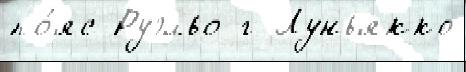
по́яс Руэльо г Луньякко